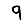
Digit: 9